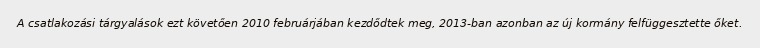
A csatlakozási tárgyalások ezt követően 2010 februárjában kezdődtek meg, 2013-ban azonban az új kormány felfüggesztette őket.